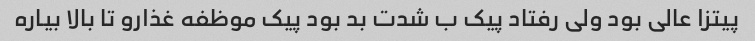
پیتزا عالی بود ولی رفتاد پیک ب شدت بد بود پیک موظفه غذارو تا بالا بیاره